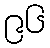
၉၆